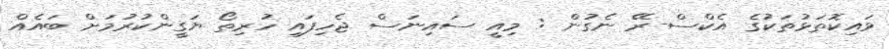
ވައިކޮތަޅުތަކުގެ އެކްސް-ރޭ ނެގުން : މިއީ ސައިނަސް ޖެހިފައި ހުރިތޯ ޔަގީންކުރުމަށް ބައެއް